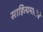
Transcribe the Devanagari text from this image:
साहित्यमालेचे